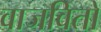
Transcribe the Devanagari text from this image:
वाजवितो